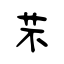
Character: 芣